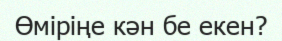
Өміріңе кән бе екен?